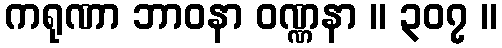
ကရုဏာ ဘာဝနာ ဝဏ္ဏနာ ။ ၃၀၇ ။